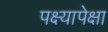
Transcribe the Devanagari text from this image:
पक्ष्यापेक्षा